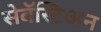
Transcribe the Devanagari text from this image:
सेबॅस्टिअन